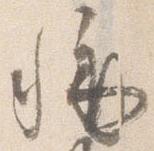
称